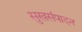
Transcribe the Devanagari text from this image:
सुखसंपादन